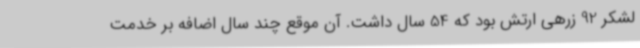
لشکر 92 زرهی ارتش بود که 54 سال داشت. آن موقع چند سال اضافه بر خدمت